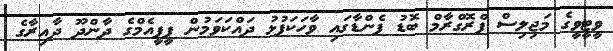
ވީޓީވީގެ މަޖިލިސް ޕްރޮގްރާމް ބޮޑު ފެންޑާގައި ވާހަކަފުޅު ދައްކަވަމުން ޕީޕީއެމްގެ ދާންދޫ ދާއިރާގެ